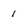
Character: 1